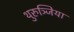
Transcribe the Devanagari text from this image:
थुरुञ्जिया